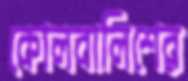
কোলবালিশের